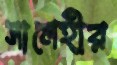
সালেহীর